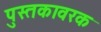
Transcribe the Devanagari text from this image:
पुस्तकावरक